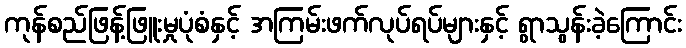
ကုန်စည်ဖြန့်ဖြူးမှုပုံစံနှင့် အကြမ်းဖက်လုပ်ရပ်များနှင့် ရွာသွန်းခဲ့ကြောင်း